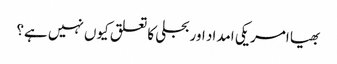
بھیا امریکی امداد اور بجلی کا تعلق کیوں نہیں ہے؟